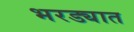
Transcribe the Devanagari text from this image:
भरड्यात